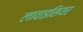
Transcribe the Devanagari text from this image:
लावाइसियर